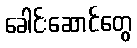
ခေါင်းဆောင်တွေ